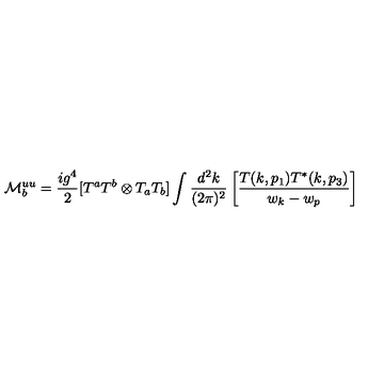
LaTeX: { \cal M } _ { b } ^ { u u } = \frac { i g ^ { 4 } } { 2 } [ T ^ { a } T ^ { b } \otimes T _ { a } T _ { b } ] \int \frac { d ^ { 2 } k } { ( 2 \pi ) ^ { 2 } } \left[ \frac { T ( k , p _ { 1 } ) T ^ { * } ( k , p _ { 3 } ) } { w _ { k } - w _ { p } } \right]